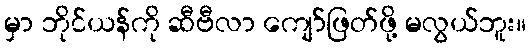
မှာ ဘိုင်ယန်ကို ဆီဗီလာ ကျော်ဖြတ်ဖို့ မလွယ်ဘူး။